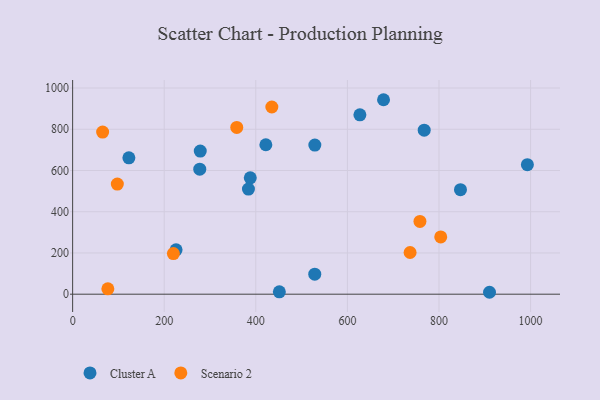
{"axis": {"x": "Ad Spend", "y": "Exam Score"}, "legend": ["Cluster A", "Scenario 2"], "data": [{"x": "421.9", "y": 724.9, "type": "Cluster A"}, {"x": "678.9", "y": 943.3, "type": "Cluster A"}, {"x": "278.7", "y": 694.4, "type": "Cluster A"}, {"x": "528.7", "y": 97.2, "type": "Cluster A"}, {"x": "277.6", "y": 606.6, "type": "Cluster A"}, {"x": "122.8", "y": 661.5, "type": "Cluster A"}, {"x": "528.9", "y": 723.4, "type": "Cluster A"}, {"x": "993.0", "y": 628.2, "type": "Cluster A"}, {"x": "910.3", "y": 9.3, "type": "Cluster A"}, {"x": "846.9", "y": 507.1, "type": "Cluster A"}, {"x": "767.7", "y": 795.7, "type": "Cluster A"}, {"x": "627.3", "y": 869.9, "type": "Cluster A"}, {"x": "387.9", "y": 564.4, "type": "Cluster A"}, {"x": "383.9", "y": 510.0, "type": "Cluster A"}, {"x": "225.9", "y": 215.0, "type": "Cluster A"}, {"x": "451.4", "y": 11.3, "type": "Cluster A"}, {"x": "358.4", "y": 809.0, "type": "Scenario 2"}, {"x": "435.0", "y": 908.1, "type": "Scenario 2"}, {"x": "803.8", "y": 277.6, "type": "Scenario 2"}, {"x": "220.0", "y": 196.9, "type": "Scenario 2"}, {"x": "76.9", "y": 26.2, "type": "Scenario 2"}, {"x": "736.9", "y": 202.3, "type": "Scenario 2"}, {"x": "65.5", "y": 786.3, "type": "Scenario 2"}, {"x": "758.4", "y": 352.8, "type": "Scenario 2"}, {"x": "97.6", "y": 534.0, "type": "Scenario 2"}]}